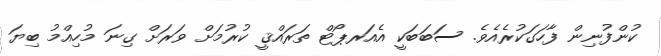
ކުންފުނިން ފާހަގަކުރެއެވެ. ސަބަބަކީ އެއަރޕޯޓް ތަރައްޤީ ކުރުމަށް ވަރަށް ގިނަ މުހިއްމު ބިޔަ